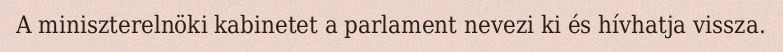
A miniszterelnöki kabinetet a parlament nevezi ki és hívhatja vissza.